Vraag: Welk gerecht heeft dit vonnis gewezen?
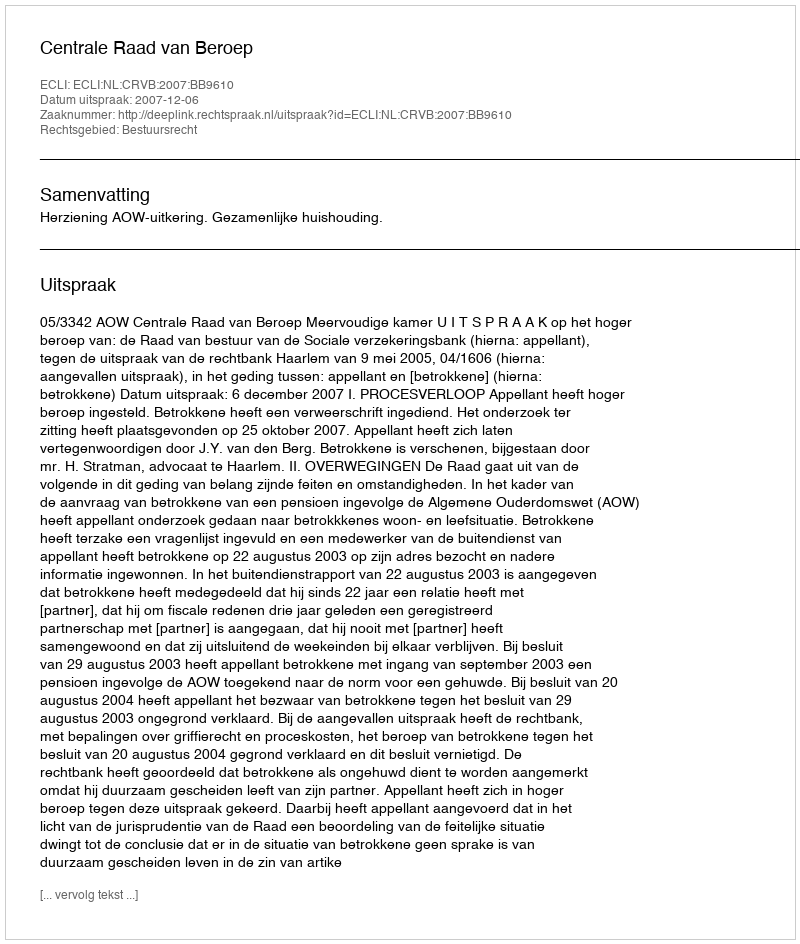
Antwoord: Centrale Raad van Beroep